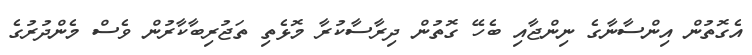
އެގޮތުން އިންސާނާގެ ނިންޖާއި ބެހޭ ގޮތުން ދިރާސާކުރާ މޮޅެތި ތަޖުރިބާކާރުން ވެސް މެންދުރުގެ